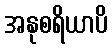
အနုစရိယာပိ